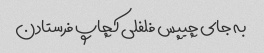
به جای چیپس فلفلی کچاپ فرستادن